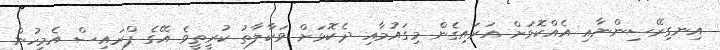
އިނގިރޭސިންނާއި އެއްކޮޅަށް އަރައިގެން މިގައުމާއި ދެކޮޅަށް ވަކާލާތު ކުރީތީވެ އޭގެ ޕްރައިސް އެމީހުން